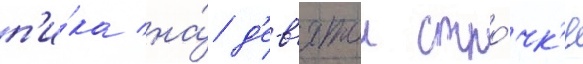
п'и́ка на́ д'ев'ятои стро́чк'е